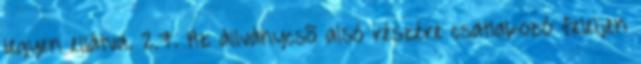
legyen ellátva. 2.7. Az állványcsõ alsó részére csatlakozó feleljen